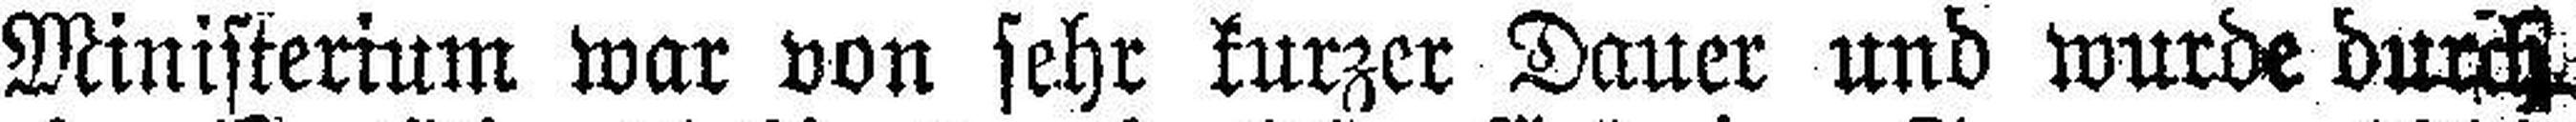
Ministerium war von sehr kurzer Dauer und wurde durch